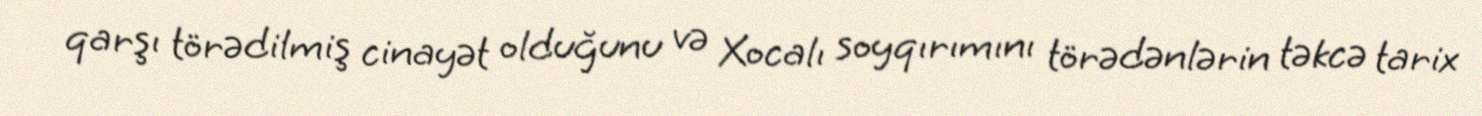
qarşı törədilmiş cinayət olduğunu və Xocalı soyqırımını törədənlərin təkcə tarix